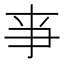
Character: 亊